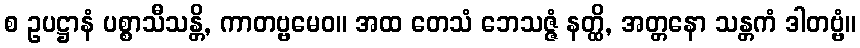
စ ဥပဋ္ဌာနံ ပစ္စာသီသန္တိ, ကာတဗ္ဗမေဝ။ အထ တေသံ ဘေသဇ္ဇံ နတ္ထိ, အတ္တနော သန္တကံ ဒါတဗ္ဗံ။